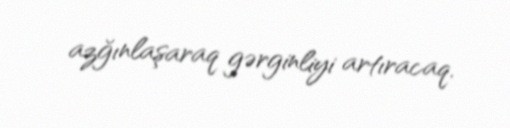
azğınlaşaraq gərginliyi artıracaq.